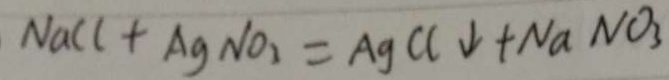
N a C l + A g N O _ { 2 } = A g C l \downarrow + N a N O _ { 3 }